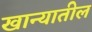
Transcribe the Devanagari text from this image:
खान्यातील